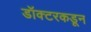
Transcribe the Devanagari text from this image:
डॉक्‍टरकडून